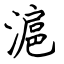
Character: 滬